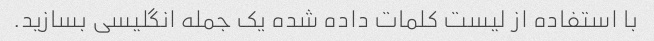
با استفاده از لیست کلمات داده شده یک جمله انگلیسی بسازید.